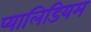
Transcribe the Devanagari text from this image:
प्यालिडियम